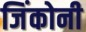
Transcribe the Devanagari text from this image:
जिंकोनी